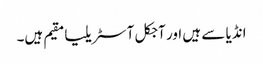
انڈیا سے ہیں اور آجکل آسٹریلیا مقیم ہیں۔